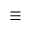
\equiv